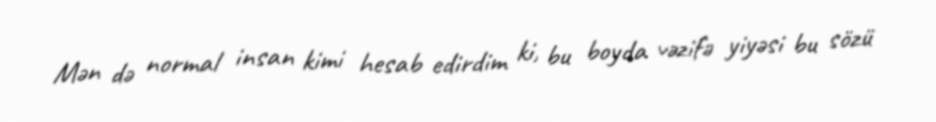
Mən də normal insan kimi hesab edirdim ki, bu boyda vəzifə yiyəsi bu sözü